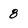
Character: 8